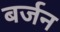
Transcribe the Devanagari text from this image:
बर्जन